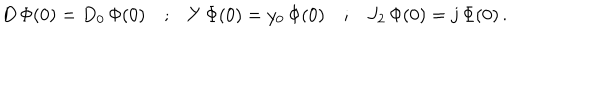
\begin{array} { c c c c c } { { D \, \Phi ( 0 ) = D _ { 0 } \, \Phi ( 0 ) } } & { { ; } } & { { Y \, \Phi ( 0 ) = y _ { 0 } \, \Phi ( 0 ) } } & { { ; } } & { { J _ { 2 } \, \Phi ( 0 ) = j \, \Phi ( 0 ) \, . } } \\ \end{array}